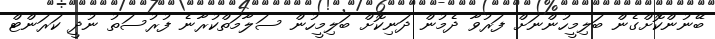
ބޭނުންކޮށްގެން ބަލިމީހުންނަށް ފަރުވާ ދެމުން ދަނިކޮށް ބަލިމީހުން ސަލާމަތްކުރާނެ ފުރުސަތު ނުދީ ކަރަންޓް